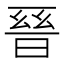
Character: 𭦙